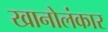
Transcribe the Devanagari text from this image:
खानोलंकार